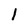
Character: I